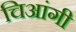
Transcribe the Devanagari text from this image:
चिआंगी